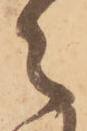
々